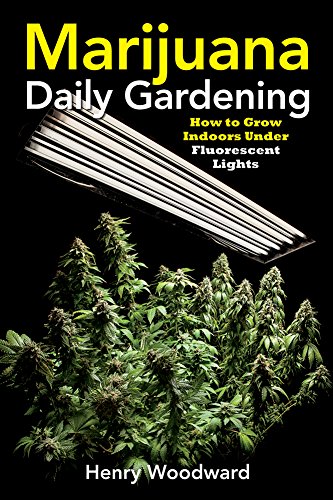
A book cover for Marijuana Daily Gardening: How to Grow Indoors Under Fluorescent Lights; Henry Woodward; Science & Math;